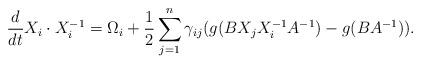
LaTeX: \begin{align*} \frac{d}{dt}X_i \cdot X_i^{-1} = \Omega_i + \frac12\sum_{j=1}^n \gamma_{ij} (g(BX_jX_i^{-1}A^{-1})-g(BA^{-1})).\end{align*}